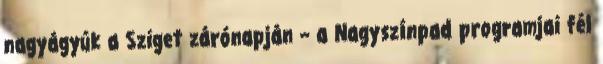
nagyágyúk a Sziget zárónapján – a Nagyszínpad programjai fél